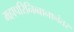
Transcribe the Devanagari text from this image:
महापरिनिब्बानानंतर